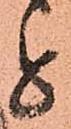
と